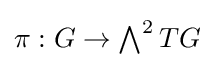
\textstyle \pi :G\to \bigwedge ^{2}TG